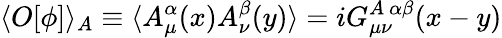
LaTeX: \langle O[\phi]\rangle_{A}\equiv\langle A_{\mu}^{\alpha}(x)A_{\nu}^{\beta}(y)\rangle=iG_{\mu\nu}^{A\ \alpha\beta}(x-y)